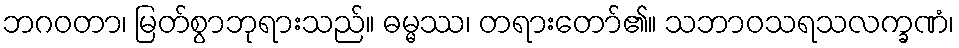
ဘဂဝတာ၊ မြတ်စွာဘုရားသည်။ ဓမ္မဿ၊ တရားတော်၏။ သဘာဝသရသလက္ခဏံ၊